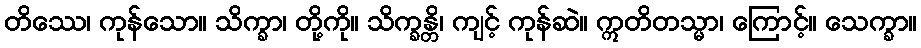
တိဿေ၊ ကုန်သော။ သိက္ခာ၊ တို့ကို။ သိက္ခန္တိ၊ ကျင့် ကုန်ဆဲ။ ဣတိတသ္မာ၊ ကြောင့်။ သေက္ခာ။